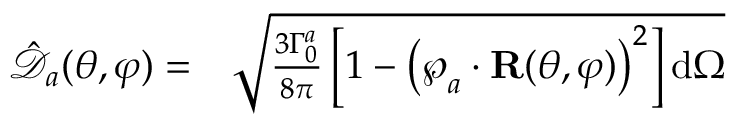
\begin{array} { r l } { \mathcal { \hat { \mathcal { D } } } _ { a } ( \theta , \varphi ) = } & { { } \sqrt { \frac { 3 \Gamma _ { 0 } ^ { a } } { 8 \pi } \left[ 1 - \left( \boldsymbol { \wp } _ { a } \cdot \mathbf { R } ( \theta , \varphi ) \right) ^ { 2 } \right] \mathrm { d } \Omega } } \end{array}